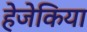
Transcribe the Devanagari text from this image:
हेजेकिया